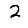
Digit: 2